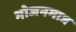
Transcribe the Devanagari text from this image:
भोजनमात्र